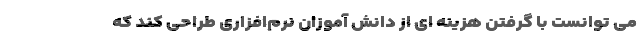
می توانست با گرفتن هزینه ای از دانش آموزان نرم‌افزاری طراحی کند که